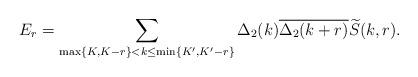
LaTeX: \begin{align*} E_r=\sum_{\max\{K, K-r\}<k\le \min\{K', K'-r\}}\Delta_2(k)\overline{\Delta_2(k+r)}\widetilde{S}(k, r). \end{align*}